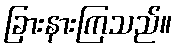
ခြားနားကြသည်။